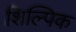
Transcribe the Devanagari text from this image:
शिल्पिक